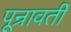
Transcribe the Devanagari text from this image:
पून्रावर्ती